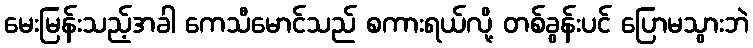
မေးမြန်းသည့်အခါ ကေသီမောင်သည် စကားရယ်လို့ တစ်ခွန်းပင် ပြောမသွားဘဲ